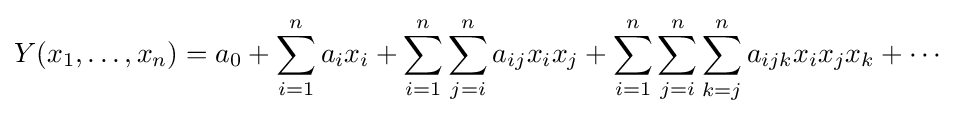
Y(x_{1},\dots ,x_{n})=a_{0}+\sum \limits _{i=1}^{n}{a_{i}}x_{i}+\sum \limits _{i=1}^{n}{\sum \limits _{j=i}^{n}{a_{ij}}}x_{i}x_{j}+\sum \limits _{i=1}^{n}{\sum \limits _{j=i}^{n}{\sum \limits _{k=j}^{n}{a_{ijk}}}}x_{i}x_{j}x_{k}+\cdots